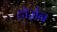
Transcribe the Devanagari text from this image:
टॉर्ज़न